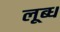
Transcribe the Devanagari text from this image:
लूब्ध